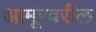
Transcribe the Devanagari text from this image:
आमूरवरील